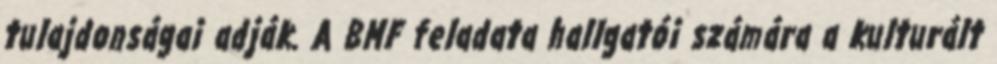
tulajdonságai adják. A BMF feladata hallgatói számára a kulturált